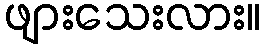
ဖျားသေးလား။